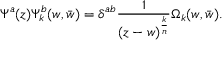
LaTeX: \Psi ^ { a } ( z ) \Psi _ { k } ^ { b } ( w , \bar { w } ) = \delta ^ { a b } { \frac { 1 } { ( z - w ) ^ { \frac { k } { n } } } } \Omega _ { k } ( w , \bar { w } ) .